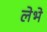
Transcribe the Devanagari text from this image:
लेभे